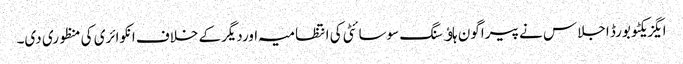
ایگزیکٹو بورڈ اجلاس نے پیراگون ہاﺅسنگ سوسائٹی کی انتظامیہ اوردیگرکے خلاف انکوائری کی منظوری دی۔